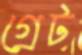
গ্রেট